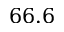
6 6 . 6